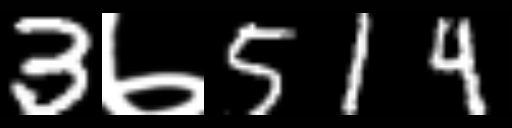
Text: 3७514